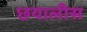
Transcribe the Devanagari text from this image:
छयालीस